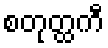
စတုတ္ထကီ